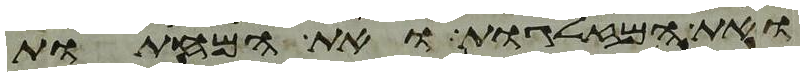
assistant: ואת המזלגות ואת המחתות